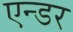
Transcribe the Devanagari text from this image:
एन्डर